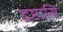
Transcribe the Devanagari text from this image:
द्रष्टासि